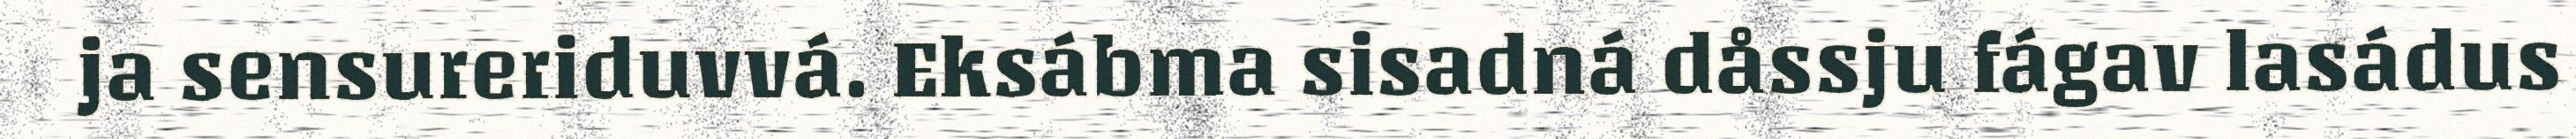
ja sensureriduvvá. Eksábma sisadná dåssju fágav lasádus